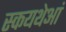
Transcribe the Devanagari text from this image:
स्कयथेआं